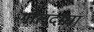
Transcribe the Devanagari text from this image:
गोलंदाचा